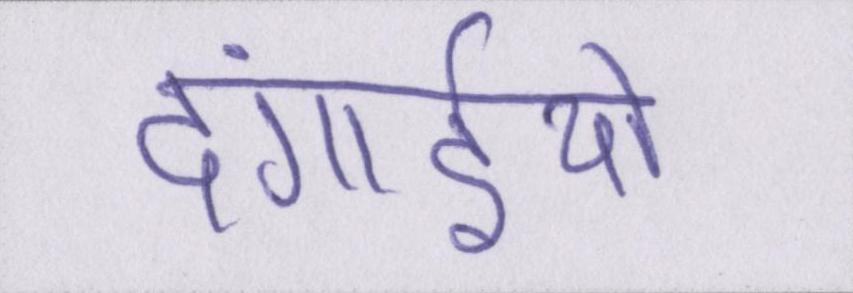
दंगाईयो